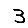
Digit: 3